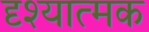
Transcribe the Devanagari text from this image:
दृश्‍यात्मक